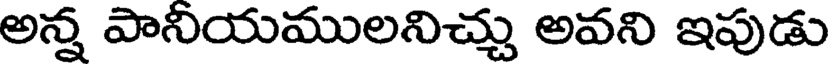
అన్న పానీయములనిచ్చు అవని ఇపుడు